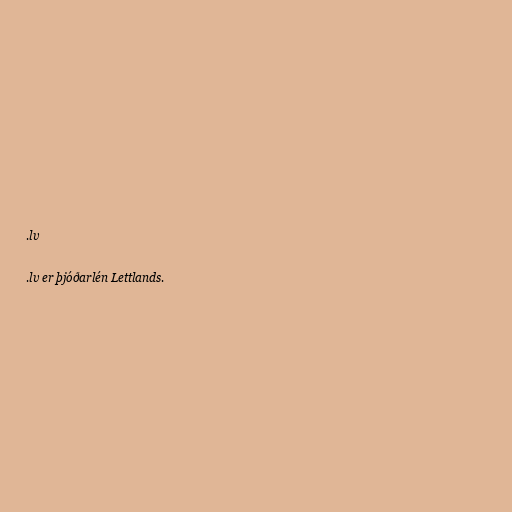
.lv

.lv er þjóðarlén Lettlands.